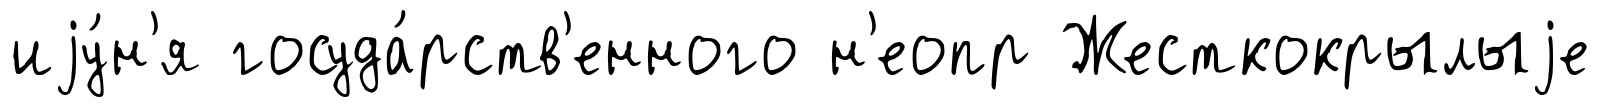
иjу́н'я госуда́рств'енного н'еопр Жесткокрылыjе